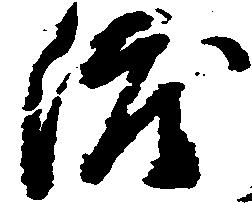
渡